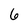
Character: 6